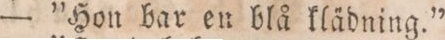
— ”Hon bar en blå klädning.”